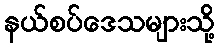
နယ်စပ်ဒေသများသို့